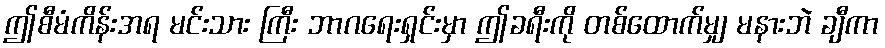
ဤစီမံကိန်းအရ မင်းသား ကြီး ဘာဂရေးရှင်းမှာ ဤခရီးကို တစ်ထောက်မျှ မနားဘဲ ချီကာ